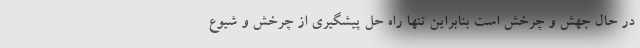
در حال جهش و چرخش است بنابراین تنها راه حل پیشگیری از چرخش و شیوع